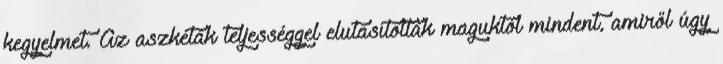
kegyelmet. Az aszkéták teljességgel elutasítottak maguktól mindent, amiről úgy